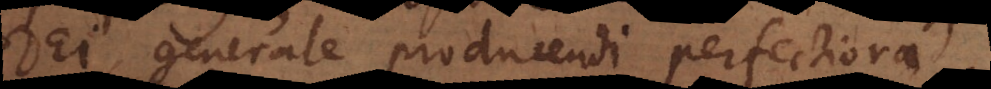
Dei generale producendi perfectiora.